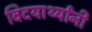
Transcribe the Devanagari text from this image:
विदयार्थ्‍यांनी